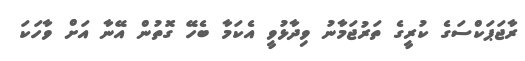
ރާޖަޕަކްސަގެ ކުރީގެ ތަރުޖަމާނު ވިދާޅުވީ އެކަމާ ބެހޭ ގޮތުން އޭނާ އަށް ވާހަކަ